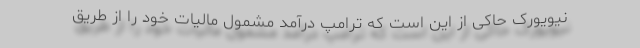
نیویورک حاکی از این است که ترامپ درآمد مشمول مالیات خود را از طریق